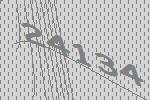
24134